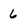
Character: 6